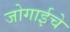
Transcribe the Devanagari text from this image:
जोगाईचे